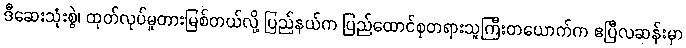
ဒီဆေးသုံးစွဲ၊ ထုတ်လုပ်မှုတားမြစ်တယ်လို့ ပြည်နယ်က ပြည်ထောင်စုတရားသူကြီးတယောက်က ဧပြီလဆန်းမှာ